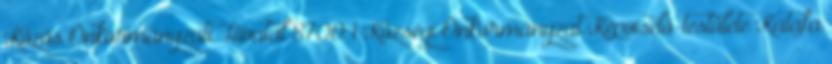
Közös Önkormányzati Hivatal 8700 1 Községi Önkormányzat Képviselő-testülete Katafa